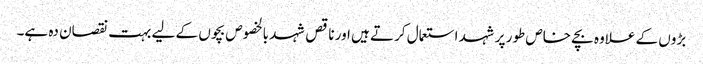
بڑوں کے علاوہ بچے خاص طور پر شہد استعمال کرتے ہیں اور ناقص شہد بالخصوص بچوں کے لیے بہت نقصان دہ ہے۔